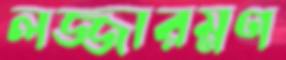
লজ্জারম্নণ